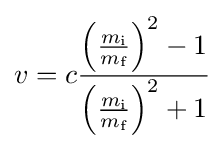
v=c{\frac {\left({\frac {m_{\text{i}}}{m_{\text{f}}}}\right)^{2}-1}{\left({\frac {m_{\text{i}}}{m_{\text{f}}}}\right)^{2}+1}}